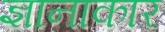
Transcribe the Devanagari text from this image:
ज्ञानाकार